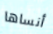
أنساها